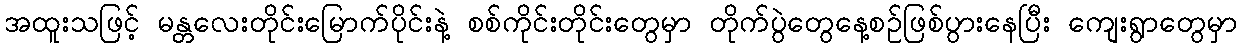
အထူးသဖြင့် မန္တလေးတိုင်းမြောက်ပိုင်းနဲ့ စစ်ကိုင်းတိုင်းတွေမှာ တိုက်ပွဲတွေနေ့စဉ်ဖြစ်ပွားနေပြီး ကျေးရွာတွေမှာ